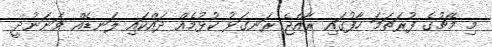
މި މެޗުގެ ފުރަތަމަ ހާފުގައި ރާއްޖެ ރަނގަޅު ކުޅުމެއް ދައްކައި ލަނޑެއް ވަނަނުދީ